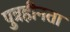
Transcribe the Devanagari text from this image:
पुत्रहीनता